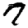
Digit: 7